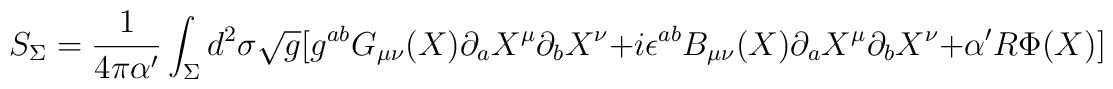
S_{\Sigma}=\frac{1}{4\pi\alpha^\prime}\int_\Sigma d^2\sigma\sqrt g[g^{ab}G_{\mu\nu}(X)\partial_a X^\mu\partial_b X^\nu+i\epsilon^{ab}B_{\mu\nu}(X)\partial_a X^\mu\partial_bX^\nu+\alpha^\prime R\Phi(X)]